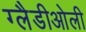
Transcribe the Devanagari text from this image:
ग्‍लैडीओली